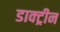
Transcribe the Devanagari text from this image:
डाक्ट्रीन